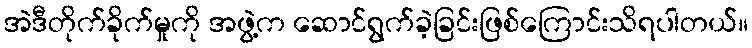
အဲဒီတိုက်ခိုက်မှုကို အဖွဲ့က ဆောင်ရွက်ခဲ့ခြင်းဖြစ်ကြောင်းသိရပါတယ်။